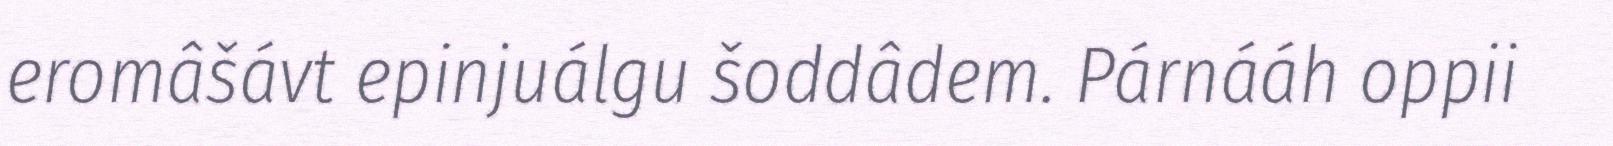
eromâšávt epinjuálgu šoddâdem. Párnááh oppii